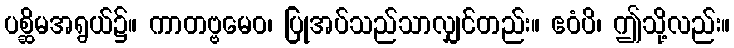
ပစ္ဆိမအရွယ်၌။ ကာတဗ္ဗမေဝ၊ ပြုအပ်သည်သာလျှင်တည်း။ ဧဝံပိ၊ ဤသို့လည်း။